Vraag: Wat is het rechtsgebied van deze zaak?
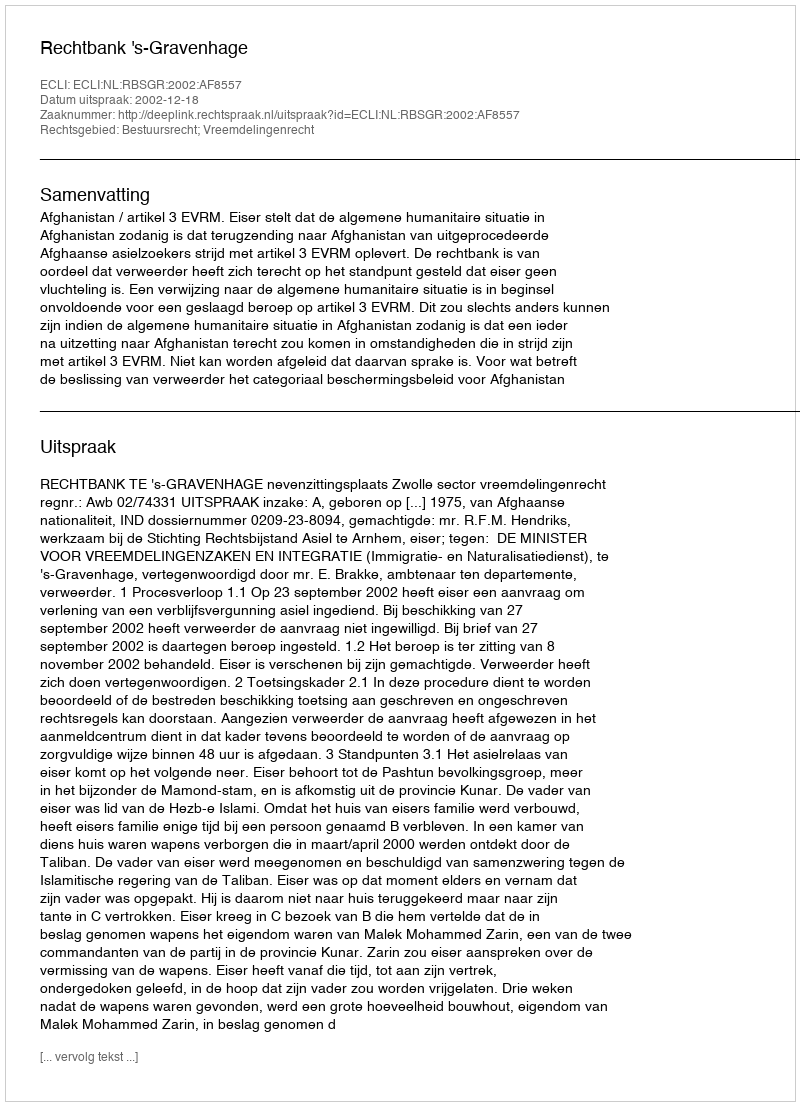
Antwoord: Bestuursrecht; Vreemdelingenrecht